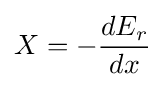
X=-{\frac {dE_{r}}{dx}}